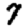
Digit: 7